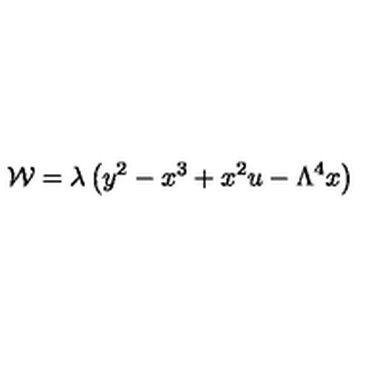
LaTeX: { \cal W } = \lambda \left( y ^ { 2 } - x ^ { 3 } + x ^ { 2 } u - \Lambda ^ { 4 } x \right)